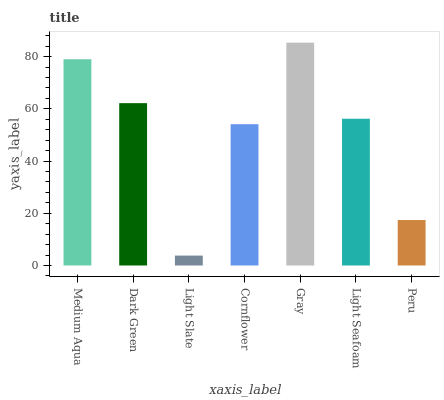
| xaxis_label | bars |
 | --- | --- |
 | Medium Aqua | 79 |
 | Dark Green | 62.2 |
 | Light Slate | 3.79 |
 | Cornflower | 54.1 |
 | Gray | 85.3 |
 | Light Seafoam | 56.2 |
 | Peru | 17.4 |